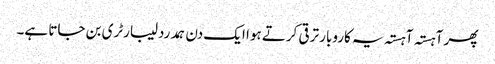
پھر آہستہ آہستہ یہ کاروبار ترقی کرتے ہوا ایک دن ہمدرد لیبارٹری بن جاتا ہے۔